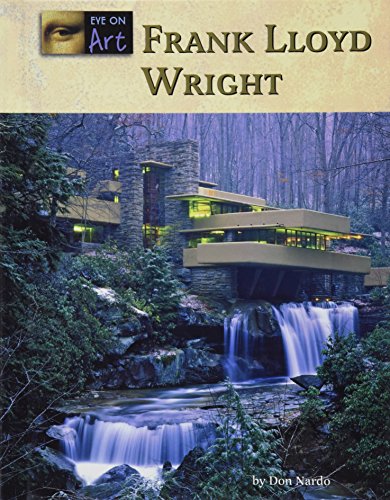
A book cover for Frank Lloyd Wright (Eye on Art); Don Nardo; Teen & Young Adult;